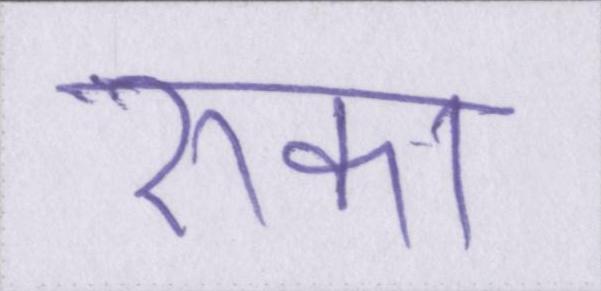
रुका